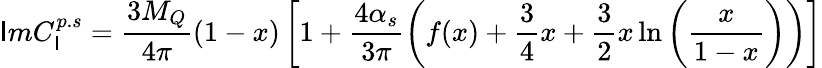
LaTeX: \mathsf{I}mC_{\mathsf{I}}^{p.s}=\frac{{3M_{Q}}}{{4\pi}}(1-x)\left[1+\frac{{4\alpha_{s}}}{{3\pi}}\left(f(x)+\frac{3}{4}x+\frac{3}{2}x\ln\left(\frac{{x}}{{1-x}}\right)\right)\right]